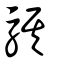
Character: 騏